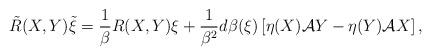
LaTeX: \begin{align*}\tilde{R}(X,Y)\tilde{\xi}=\frac{1}{\beta }R(X,Y)\xi +\frac{1}{\beta ^{2}}d\beta (\xi )\left[ \eta (X)\mathcal{A}Y-\eta (Y)\mathcal{A}X\right] ,\end{align*}